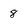
Character: 8